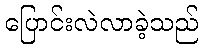
ပြောင်းလဲလာခဲ့သည်